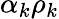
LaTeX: \alpha_{k}\rho_{k}